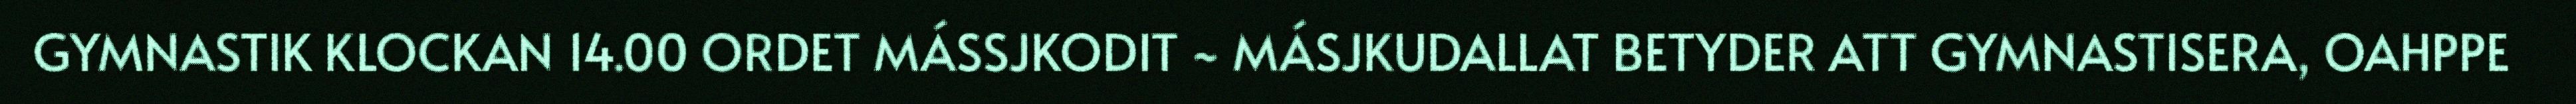
GYMNASTIK KLOCKAN 14.00 ORDET MÁSSJKODIT ~ MÁSJKUDALLAT BETYDER ATT GYMNASTISERA, OAHPPE